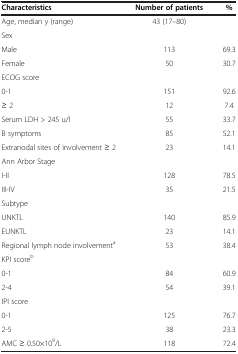
<table><thead><tr><td><b>Characteristics</b></td><td><b>Number of patients</b></td><td><b>%</b></td></tr></thead><tbody><tr><td>Age, median y (range)</td><td>43 (17–80)</td><td> </td></tr><tr><td>Sex</td><td> </td><td> </td></tr><tr><td>Male</td><td>113</td><td>69.3</td></tr><tr><td>Female</td><td>50</td><td>30.7</td></tr><tr><td>ECOG score</td><td> </td><td> </td></tr><tr><td>0-1</td><td>151</td><td>92.6</td></tr><tr><td>≥ 2</td><td>12</td><td>7.4</td></tr><tr><td>Serum LDH &gt; 245 u/l</td><td>55</td><td>33.7</td></tr><tr><td>B symptoms</td><td>85</td><td>52.1</td></tr><tr><td>Extranodal sites of involvement ≥ 2</td><td>23</td><td>14.1</td></tr><tr><td>Ann Arbor Stage</td><td> </td><td> </td></tr><tr><td>I-II</td><td>128</td><td>78.5</td></tr><tr><td>III-IV</td><td>35</td><td>21.5</td></tr><tr><td>Subtype</td><td> </td><td> </td></tr><tr><td>UNKTL</td><td>140</td><td>85.9</td></tr><tr><td>EUNKTL</td><td>23</td><td>14.1</td></tr><tr><td>Regional lymph node involvement<sup>a</sup></td><td>53</td><td>38.4</td></tr><tr><td>KPI score<sup>b</sup></td><td> </td><td> </td></tr><tr><td>0-1</td><td>84</td><td>60.9</td></tr><tr><td>2-4</td><td>54</td><td>39.1</td></tr><tr><td>IPI score</td><td> </td><td> </td></tr><tr><td>0-1</td><td>125</td><td>76.7</td></tr><tr><td>2-5</td><td>38</td><td>23.3</td></tr><tr><td>AMC ≥ 0.50×10<sup>9</sup>/L</td><td>118</td><td>72.4</td></tr></tbody></table>